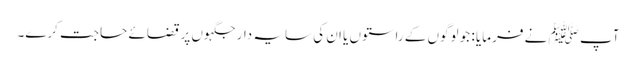
آپ ﷺ نے فرمایا : جو لوگوں کے راستوں یا ان کی سایہ دار جگہوں پر قضائے حاجت کرے۔